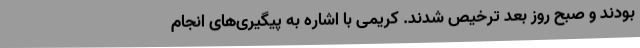
بودند و صبح روز بعد ترخیص شدند. کریمی با اشاره به پیگیری‌های انجام